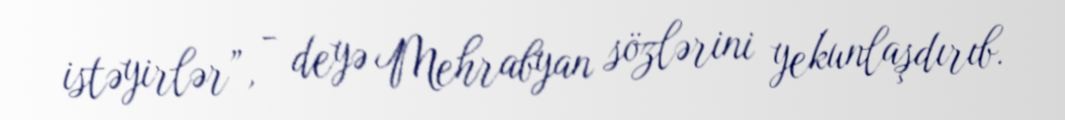
istəyirlər”, - deyə Mehrabyan sözlərini yekunlaşdırıb.